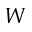
{ \cal W }